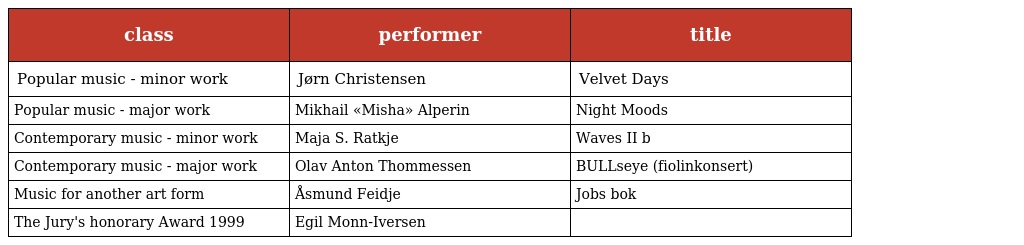
| class | performer | title |
 | --- | --- | --- |
 | Popular music - minor work | Jørn Christensen | Velvet Days |
 | Popular music - major work | Mikhail «Misha» Alperin | Night Moods |
 | Contemporary music - minor work | Maja S. Ratkje | Waves II b |
 | Contemporary music - major work | Olav Anton Thommessen | BULLseye (fiolinkonsert) |
 | Music for another art form | Åsmund Feidje | Jobs bok |
 | The Jury's honorary Award 1999 | Egil Monn-Iversen |  |